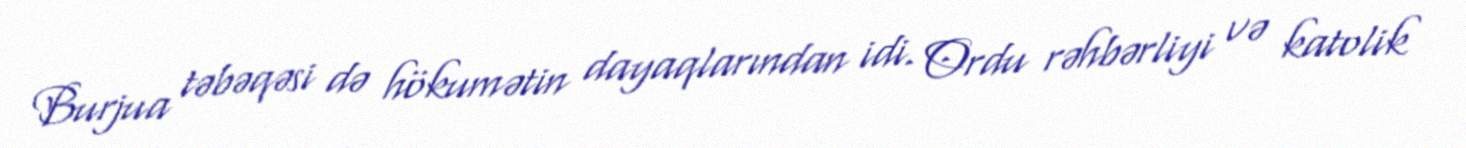
Burjua təbəqəsi də hökumətin dayaqlarından idi. Ordu rəhbərliyi və katolik